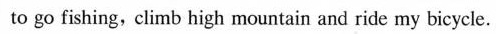
(2)__ to go fishing,climb high mountain and ride my bicycle.